Annual report on the mental hospital in the Central Provinces and Berar (Nagpur) - 1927-1951
Year: 1927
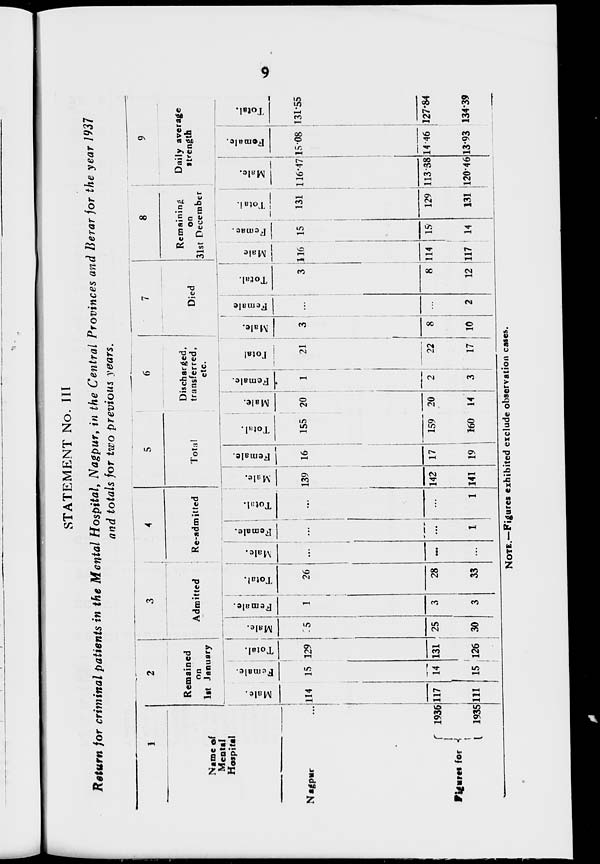
9
STATEMENT No. III
Return for criminal patients in the Mental Hospital, Nagpur, in the Central Provinces and Berar for the year 1937
and totals for two previous years.
1
Name of
Mental
Hospital
Nagpur ...
Figures for
1936
1935
2
Remained
on
1st January
Male.
114
117
111
Female.
15
14
15
Total.
129
131
126
3
Admitted
Male.
25
25
30
Female.
1
3
3
Total.
26
28
33
4
Re-admitted
Male.
...
...
...
Female.
...
...
1
Total.
...
...
1
5
Total
Male.
139
142
141
Female.
16
17
19
Total.
155
159
160
6
Discharged,
transferred,
etc.
Male.
20
20
14
Female.
1
2
3
Total.
21
22
17
7
Died
Male.
3
8
10
Female.
...
...
2
Total.
3
8
12
8
Remaining
on
31st December
Male.
116
114
117
Female.
15
15
14
Total.
131
129
131
9
Daily average
strength
Male.
116.47
113.38
120.46
Female.
15.08
14.46
13.93
Total.
131.55
127.84
134.39
NOTE.—Figures exhibited exclude observation cases.